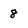
Character: 8